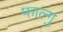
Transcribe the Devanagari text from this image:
फाल्गु